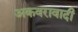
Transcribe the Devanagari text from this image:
अकवरावादी